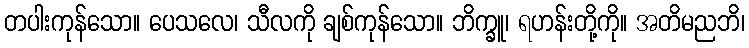
တပါးကုန်သော။ ပေသလေ၊ သီလကို ချစ်ကုန်သော။ ဘိက္ခူ၊ ရဟန်းတို့ကို။ အတိမညဘိ၊